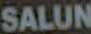
SALUN